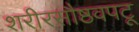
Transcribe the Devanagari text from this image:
शरीरसौष्ठवपटू